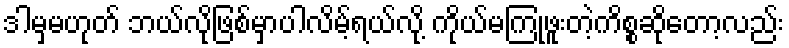
ဒါမှမဟုတ် ဘယ်လိုဖြစ်မှာပါလိမ့်ရယ်လို့ ကိုယ်မကြုံဖူးတဲ့ကိစ္စဆိုတော့လည်း